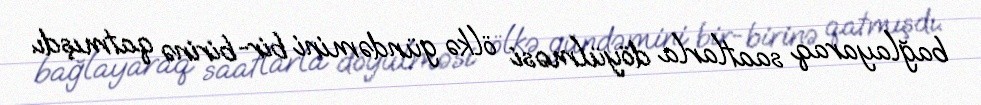
bağlayaraq saatlarla döyülməsi ölkə gündəmini bir-birinə qatmışdı.